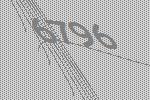
6796